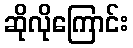
ဆိုလိုကြောင်း